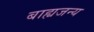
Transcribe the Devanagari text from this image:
बाह्यजन्य